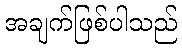
အချက်ဖြစ်ပါသည်